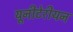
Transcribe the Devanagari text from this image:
यूनीटेरीयन